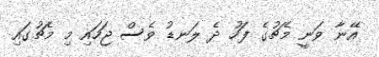
އޭނާ ވަނީ މެޗުގެ ފަހު ދެ ލަނޑު ވެސް ޖަހައި މި މެޗުގައި